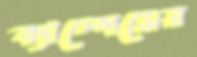
ক্যাম্পেসের